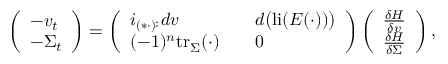
\begin{array} { r l } & { \left( \begin{array} { l } { - v _ { t } } \\ { - \Sigma _ { t } } \end{array} \right) = \left( \begin{array} { l l } { i _ { ( \ast \cdot ) ^ { \sharp } } d v \quad } & { d \big ( \mathrm { l i } ( E ( \cdot ) ) \big ) } \\ { ( - 1 ) ^ { n } \mathrm { t r } _ { \Sigma } ( \cdot ) \quad } & { 0 } \end{array} \right) \left( \begin{array} { l } { \frac { \delta H } { \delta v } } \\ { \frac { \delta H } { \delta \Sigma } } \end{array} \right) , } \end{array}